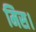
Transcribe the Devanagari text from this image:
मिस।